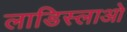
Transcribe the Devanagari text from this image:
लाडिस्लाओ